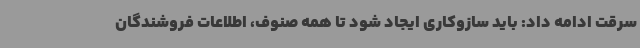
سرقت ادامه داد: باید سازوکاری ایجاد شود تا همه صنوف، اطلاعات فروشندگان